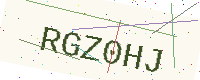
Text: RGZ0HJ